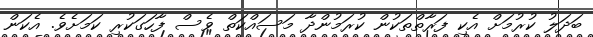
ބަދަލު ކުރުމަށް އެކި ފަރާތްތަކުން ކުރަމުންދާ މަސައްކަތް ވެސް ފާހަގަކުރި ކަމަށެވެ. އެކަން